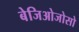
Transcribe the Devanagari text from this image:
बेजिओजोसो